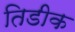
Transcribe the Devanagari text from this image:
तिडीक